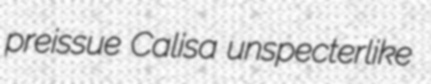
preissue Calisa unspecterlike